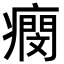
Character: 𤺖